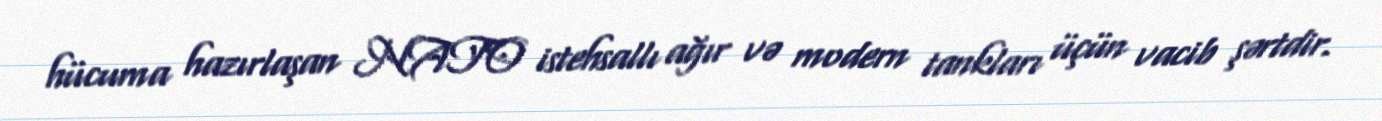
hücuma hazırlaşan NATO istehsallı ağır və modern tankları üçün vacib şərtdir.